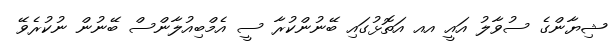
ޝިޔާންގެ ސުވާލު އައީ އއ އަތޮޅުގައި ބޭނުންކުރާ ސީ އެމްބިއުލާންސް ބޭނުން ނުކުރެވޭ